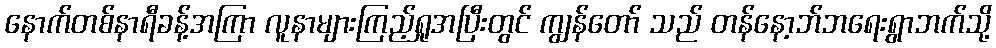
နောက်တစ်နာရီခန့်အကြာ လူနာများကြည့်ရှုအပြီးတွင် ကျွန်တော် သည် တန်နော့ဘ်ဘရေးရွာဘက်သို့